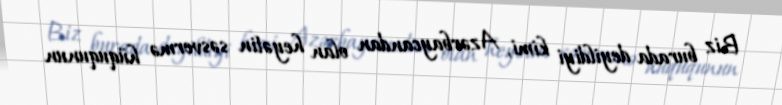
Biz burada deyildiyi kimi, Azərbaycandan olan heyətin səsvermə hüququnun